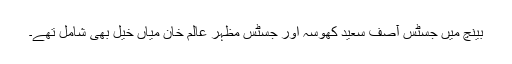
بینچ میں جسٹس آصف سعید کھوسہ اور جسٹس مظہر عالم خان میاں خیل بھی شامل تھے۔